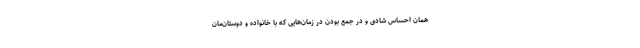
همان احساس شادی و در جمع بودن در زمان‌هایی که با خانواده و دوستان‌مان